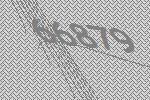
66879